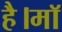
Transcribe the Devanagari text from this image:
है।माॅ